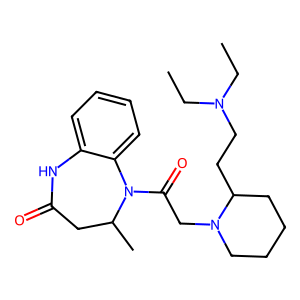
SMILES: CCN(CC)CCC1CCCCN1CC(=O)N1c2ccccc2NC(=O)CC1C
Inhibits HIV replication: No